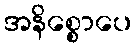
အနိစ္စောပေ